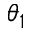
\theta _ { 1 }